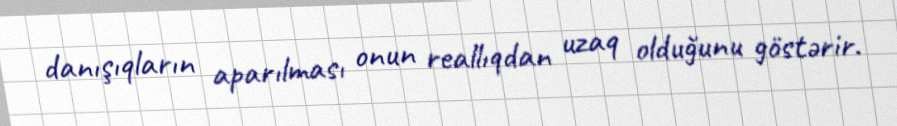
danışıqların aparılması onun reallıqdan uzaq olduğunu göstərir.